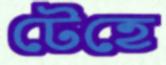
টেহে